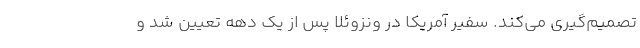
تصمیم‌گیری می‌کند. سفیر آمریکا در ونزوئلا پس از یک دهه تعیین شد و